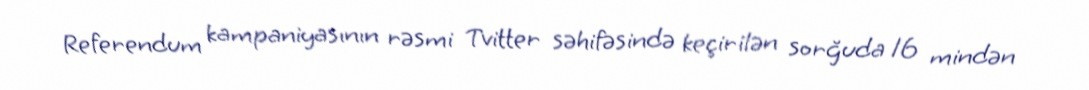
Referendum kampaniyasının rəsmi Tvitter səhifəsində keçirilən sorğuda 16 mindən